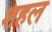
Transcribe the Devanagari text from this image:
शहल